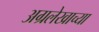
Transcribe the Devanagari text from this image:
अग्रलेखाच्या